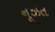
નૂઝત